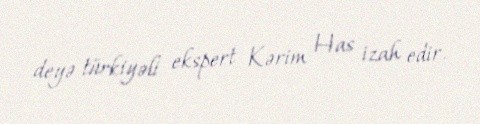
deyə türkiyəli ekspert Kərim Has izah edir.